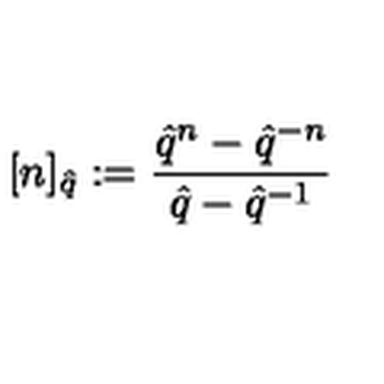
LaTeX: \lbrack n ] _ { \hat { q } } : = \frac { \hat { q } ^ { n } - \hat { q } ^ { - n } } { \hat { q } - \hat { q } ^ { - 1 } }